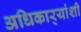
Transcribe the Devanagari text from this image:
अधिकार्‍यांशी